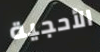
الأحجية